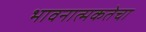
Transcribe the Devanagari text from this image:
भावनात्मकतेचा